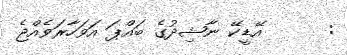
:      އޭޑީކޭ ނާޝިދުގެ ބައްޕަ އަވަހާރަވެއްޖެ